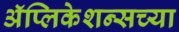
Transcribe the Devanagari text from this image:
ॲप्लिकेशन्सच्या